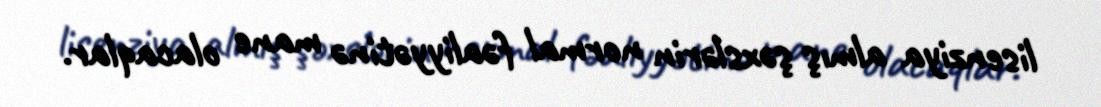
lisenziya almış şəxslərin normal fəaliyyətinə mane olacaqlar.